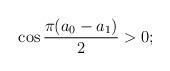
LaTeX: \begin{align*}\qquad \cos\frac{\pi (a_0-a_1)}{2}>0;\end{align*}